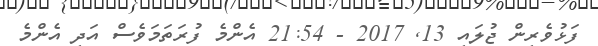
ފަޅުވެރިން ޖުލައި 13